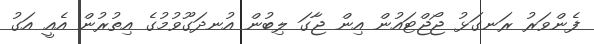
ފެންވަރު ރަނގަޅު ޖޯޖްޓައުން އިން ޖާގަ ލިބުން އުނދަގޫވުމުގެ އިތުރުން އެއީ އަގު